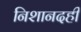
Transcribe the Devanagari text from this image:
निशानदही